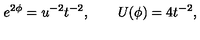
e ^ { 2 \phi } = u ^ { - 2 } t ^ { - 2 } , \qquad U ( \phi ) = 4 t ^ { - 2 } ,